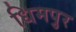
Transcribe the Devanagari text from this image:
धिमपुर